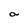
Character: a